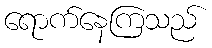
ရောက်နေကြသည်